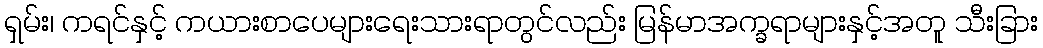
ရှမ်း၊ ကရင်နှင့် ကယားစာပေများရေးသားရာတွင်လည်း မြန်မာအက္ခရာများနှင့်အတူ သီးခြား